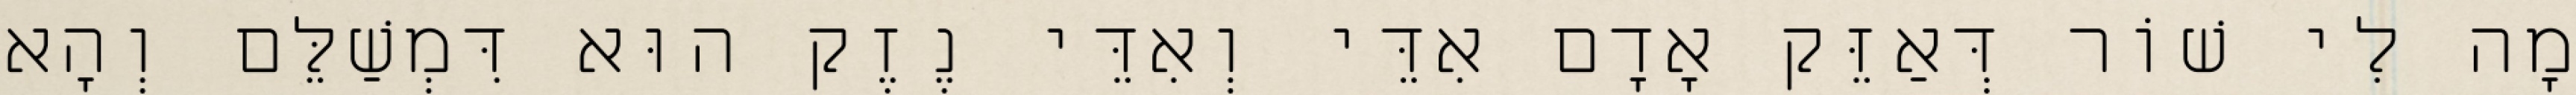
מָה לִי שׁוֹר דְּאַזֵּק אָדָם אִדֵּי וְאִדֵּי נֶזֶק הוּא דִּמְשַׁלֵּם וְהָא